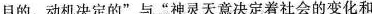
目的、动机决定的”与“神灵天意决定着社会的变化和